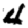
Digit: 4